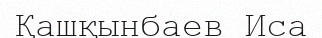
Қашқынбаев Иса